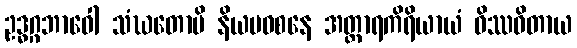
ဥဒ္ဓဂ္ဂဘာဝေါ သံဃတောပိ နိယမဝစနေ အတ္ထာရကိရိယာယံ ဝိဿဝိတာယ